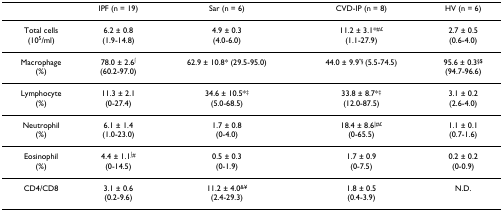
<table><thead><tr><td></td><td><b>IPF (n = 19)</b></td><td><b>Sar (n = 6)</b></td><td><b>CVD-IP (n = 8)</b></td><td><b>HV (n = 6)</b></td></tr></thead><tbody><tr><td>Total cells(10<sup>5</sup>/ml)</td><td>6.2 ± 0.8(1.9-14.8)</td><td>4.9 ± 0.3(4.0-6.0)</td><td>11.2 ± 3.1*<sup>#£</sup>(1.1-27.9)</td><td>2.7 ± 0.5(0.6-4.0)</td></tr><tr><td>Macrophage(%)</td><td>78.0 ± 2.6<sup>∫</sup>(60.2-97.0)</td><td>62.9 ± 10.8* (29.5-95.0)</td><td>44.0 ± 9.9<sup>&quot;§ </sup>(5.5-74.5)</td><td>95.6 ± 0.3<sup>§$</sup>(94.7-96.6)</td></tr><tr><td>Lymphocyte(%)</td><td>11.3 ± 2.1(0-27.4)</td><td>34.6 ± 10.5*<sup>‡</sup>(5.0-68.5)</td><td>33.8 ± 8.7*<sup>‡</sup>(12.0-87.5)</td><td>3.1 ± 0.2(2.6-4.0)</td></tr><tr><td>Neutrophil(%)</td><td>6.1 ± 1.4(1.0-23.0)</td><td>1.7 ± 0.8(0-4.0)</td><td>18.4 ± 8.6<sup>|#£</sup>(0-65.5)</td><td>1.1 ± 0.1(0.7-1.6)</td></tr><tr><td>Eosinophil(%)</td><td>4.4 ± 1.1<sup>∫#</sup>(0-14.5)</td><td>0.5 ± 0.3(0-1.9)</td><td>1.7 ± 0.9(0-7.5)</td><td>0.2 ± 0.2(0-0.9)</td></tr><tr><td>CD4/CD8</td><td>3.1 ± 0.6(0.2-9.6)</td><td>11.2 ± 4.0<sup>&amp;¥</sup>(2.4-29.3)</td><td>1.8 ± 0.5(0.4-3.9)</td><td>N.D.</td></tr></tbody></table>